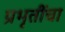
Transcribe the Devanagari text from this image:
प्रभृतींचा